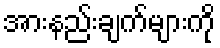
အားနည်းချက်များကို